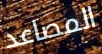
المصاعد